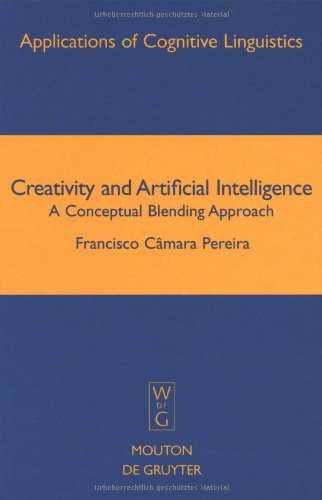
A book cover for Creativity and Artificial Intelligence: A Conceptual Blending Approach (Applications of Cognitive Linguistics); CÃ¢mara Pereira; Computers & Technology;